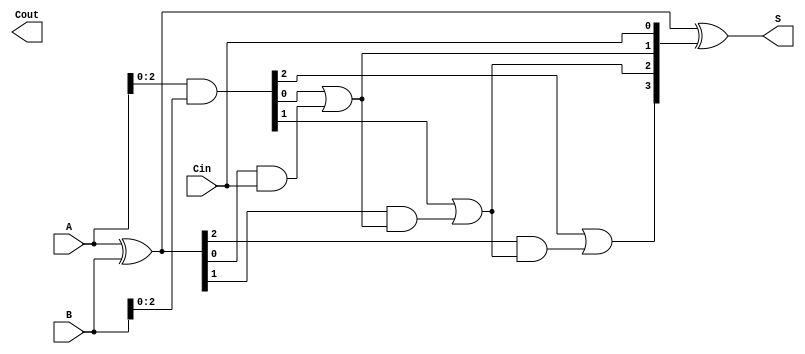
module SklanskyAdder #(parameter N = 4) (
    input  [N-1:0] A,      // First n-bit input
    input  [N-1:0] B,      // Second n-bit input
    input         Cin,      // Carry-in
    output [N-1:0] S,      // n-bit sum output
    output        Cout      // Carry-out
);

    wire [N-1:0] G;        // Generate signals
    wire [N-1:0] P;        // Propagate signals
    wire [N:0] C;          // Carry signals

    // Generate and Propagate signals
    assign G = A & B;      // G[i] = A[i] & B[i]
    assign P = A ^ B;      // P[i] = A[i] ^ B[i]

    // Carry signals computation
    assign C[0] = Cin; // C[0] = Cin
    genvar i;
    generate
        for (i = 1; i <= N-1; i = i + 1) begin: carry_generation
            assign C[i] = G[i-1] | (P[i-1] & C[i-1]); // C[i] = G[i-1] | (P[i-1] & C[i-1])
        end
    endgenerate
    assign C[N] = G[N-1] | (P[N-1] & C[N-1]); // Cout = G[N-1] | (P[N-1] & C[N-1])

    // Sum calculation
    assign S = P ^ C[N-1:0]; // S[i] = P[i] ^ C[i]

endmodule